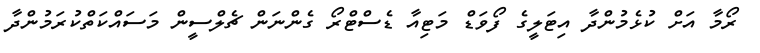
ރޯމާ އަށް ކުޅެމުންދާ އިޓަލީގެ ފޯވަޑް މަޓިއާ ޑެސްޓްރޯ ގެންނަން ޗެލްސީން މަސައްކަތްކުރަމުންދާ